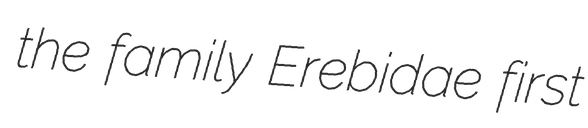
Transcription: the family Erebidae first